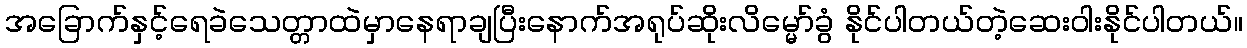
အခြောက်နှင့်ရေခဲသေတ္တာထဲမှာနေရာချပြီးနောက်အရုပ်ဆိုးလိမ္မော်ခွံ နိုင်ပါတယ်တဲ့ဆေးဝါးနိုင်ပါတယ်။